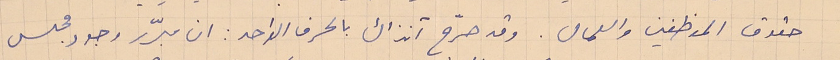
حقوق الموظفين والعمال. وقد صرّح آنذاك بالحرف الواحد: ان مبرّر وجود مجلس